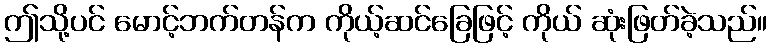
ဤသို့ပင် မောင့်ဘက်တန်က ကိုယ့်ဆင်ခြေဖြင့် ကိုယ် ဆုံးဖြတ်ခဲ့သည်။